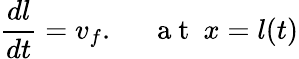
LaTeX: \frac{dl}{dt}=v_{f}.~~~~~\mathrm{~a~t~}~x=l(t)